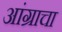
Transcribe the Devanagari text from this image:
आंग्राचा